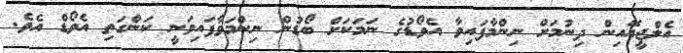
އެލްޖީއޭއިން ދިނުމަށް ނިންމާފައިވާ އެވޯޑުގެ ނަމަކަށް ބޯޑުން ނިންމަވާފައިވަނީ ކަންގަތި އެވޯޑް އެވެ.